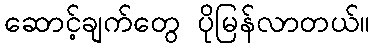
ဆောင့်ချက်တွေ ပိုမြန်လာတယ်။